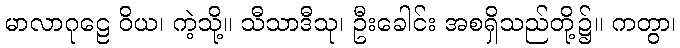
မာလာဂုဠေ ဝိယ၊ ကဲ့သို့။ သီသာဒီသု၊ ဦးခေါင်း အစရှိသည်တို့၌။ ကတွာ၊